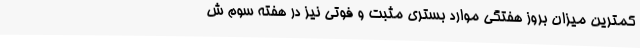
کمترین میزان بروز هفتگی موارد بستری مثبت و فوتی نیز در هفته سوم ش